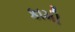
કામી